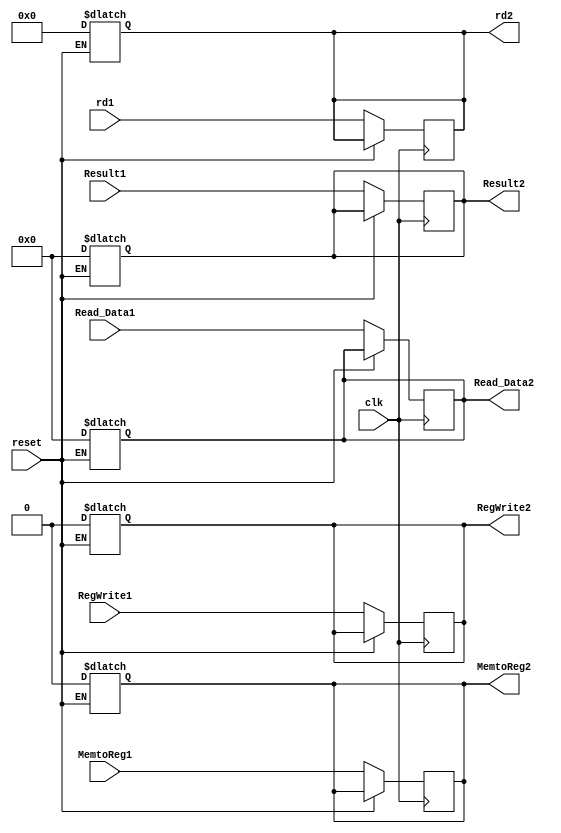
module MEM_WB
  (
     input [63:0] Result1,
     input [63:0] Read_Data1,
     input [4:0] rd1,
     input MemtoReg1,
     input RegWrite1,
     input clk,
     input reset,
     output reg [63:0] Result2,
     output reg [63:0] Read_Data2,
     output reg [4:0] rd2,
     output reg MemtoReg2,
     output reg RegWrite2     
     
  );
  
  always@(reset)
  begin 
    if(reset == 1'b1)
      begin
      Result2 <= 64'b0;
      Read_Data2 <= 64'b0;
      rd2 <= 5'b0;
      MemtoReg2 <= 1'b0;
      RegWrite2 <= 1'b0;
      end
   end
   
  always@(posedge clk)
  begin
    if(reset == 1'b0)
      begin
      Result2 <= Result1;
      Read_Data2 <= Read_Data1;
      rd2 <= rd1;
      MemtoReg2 <= MemtoReg1;
      RegWrite2 <= RegWrite1;
      end
   end
   
endmodule